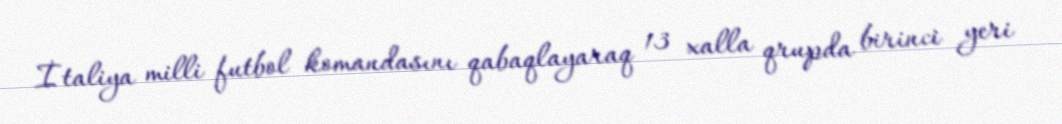
İtaliya milli futbol komandasını qabaqlayaraq 13 xalla qrupda birinci yeri